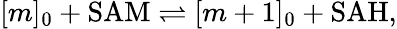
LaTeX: [m]_{0}+\mathrm{SAM}\rightleftharpoons[m+1]_{0}+\mathrm{SAH},